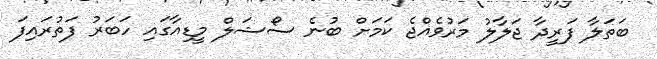
ބަަތަލާ ފަރީދާ ޖަލާލު މަރުވެއްޖެ ކަމަށް ބުނެ ސޯޝަލް މީޑިއާގައި ހަބަރު ފަތުރައިފަ